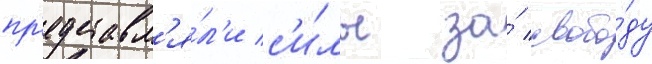
пр'едставл'я́л'и с'и́лы за́ свобо́ду